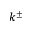
k ^ { \pm }